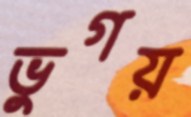
ভুগয়